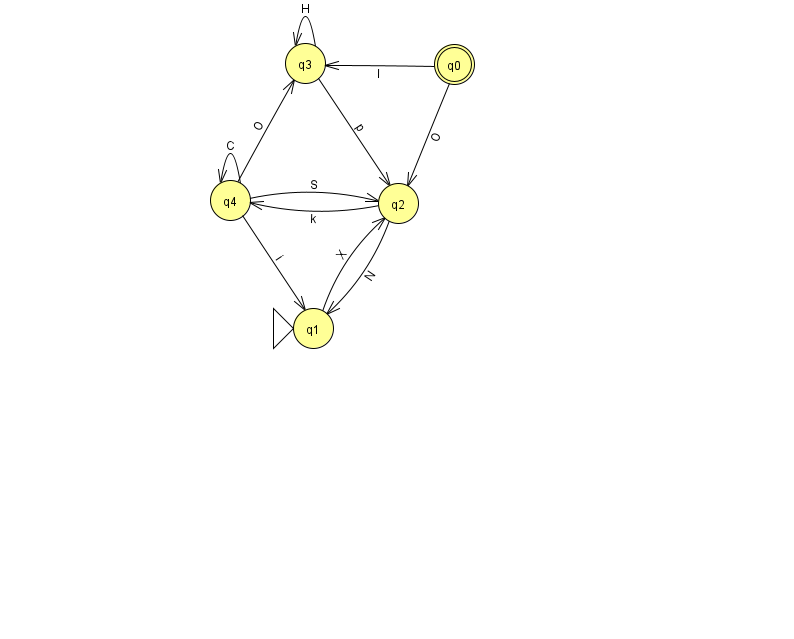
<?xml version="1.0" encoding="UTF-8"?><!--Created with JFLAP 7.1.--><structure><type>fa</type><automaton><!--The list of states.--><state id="0" name="q0"><x>454.0</x><y>51.0</y><final/></state><state id="1" name="q1"><x>313.0</x><y>315.0</y><initial/></state><state id="2" name="q2"><x>398.0</x><y>190.0</y></state><state id="3" name="q3"><x>305.0</x><y>50.0</y></state><state id="4" name="q4"><x>230.0</x><y>187.0</y></state><!--The list of transitions.--><transition><from>0</from><to>2</to><read>O</read></transition><transition><from>2</from><to>1</to><read>N</read></transition><transition><from>4</from><to>4</to><read>C</read></transition><transition><from>2</from><to>4</to><read>k</read></transition><transition><from>0</from><to>3</to><read>l</read></transition><transition><from>1</from><to>2</to><read>X</read></transition><transition><from>3</from><to>2</to><read>p</read></transition><transition><from>4</from><to>3</to><read>O</read></transition><transition><from>3</from><to>3</to><read>H</read></transition><transition><from>4</from><to>1</to><read>i</read></transition><transition><from>4</from><to>2</to><read>S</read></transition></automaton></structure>